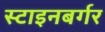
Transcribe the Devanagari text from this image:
स्टाइनबर्गर